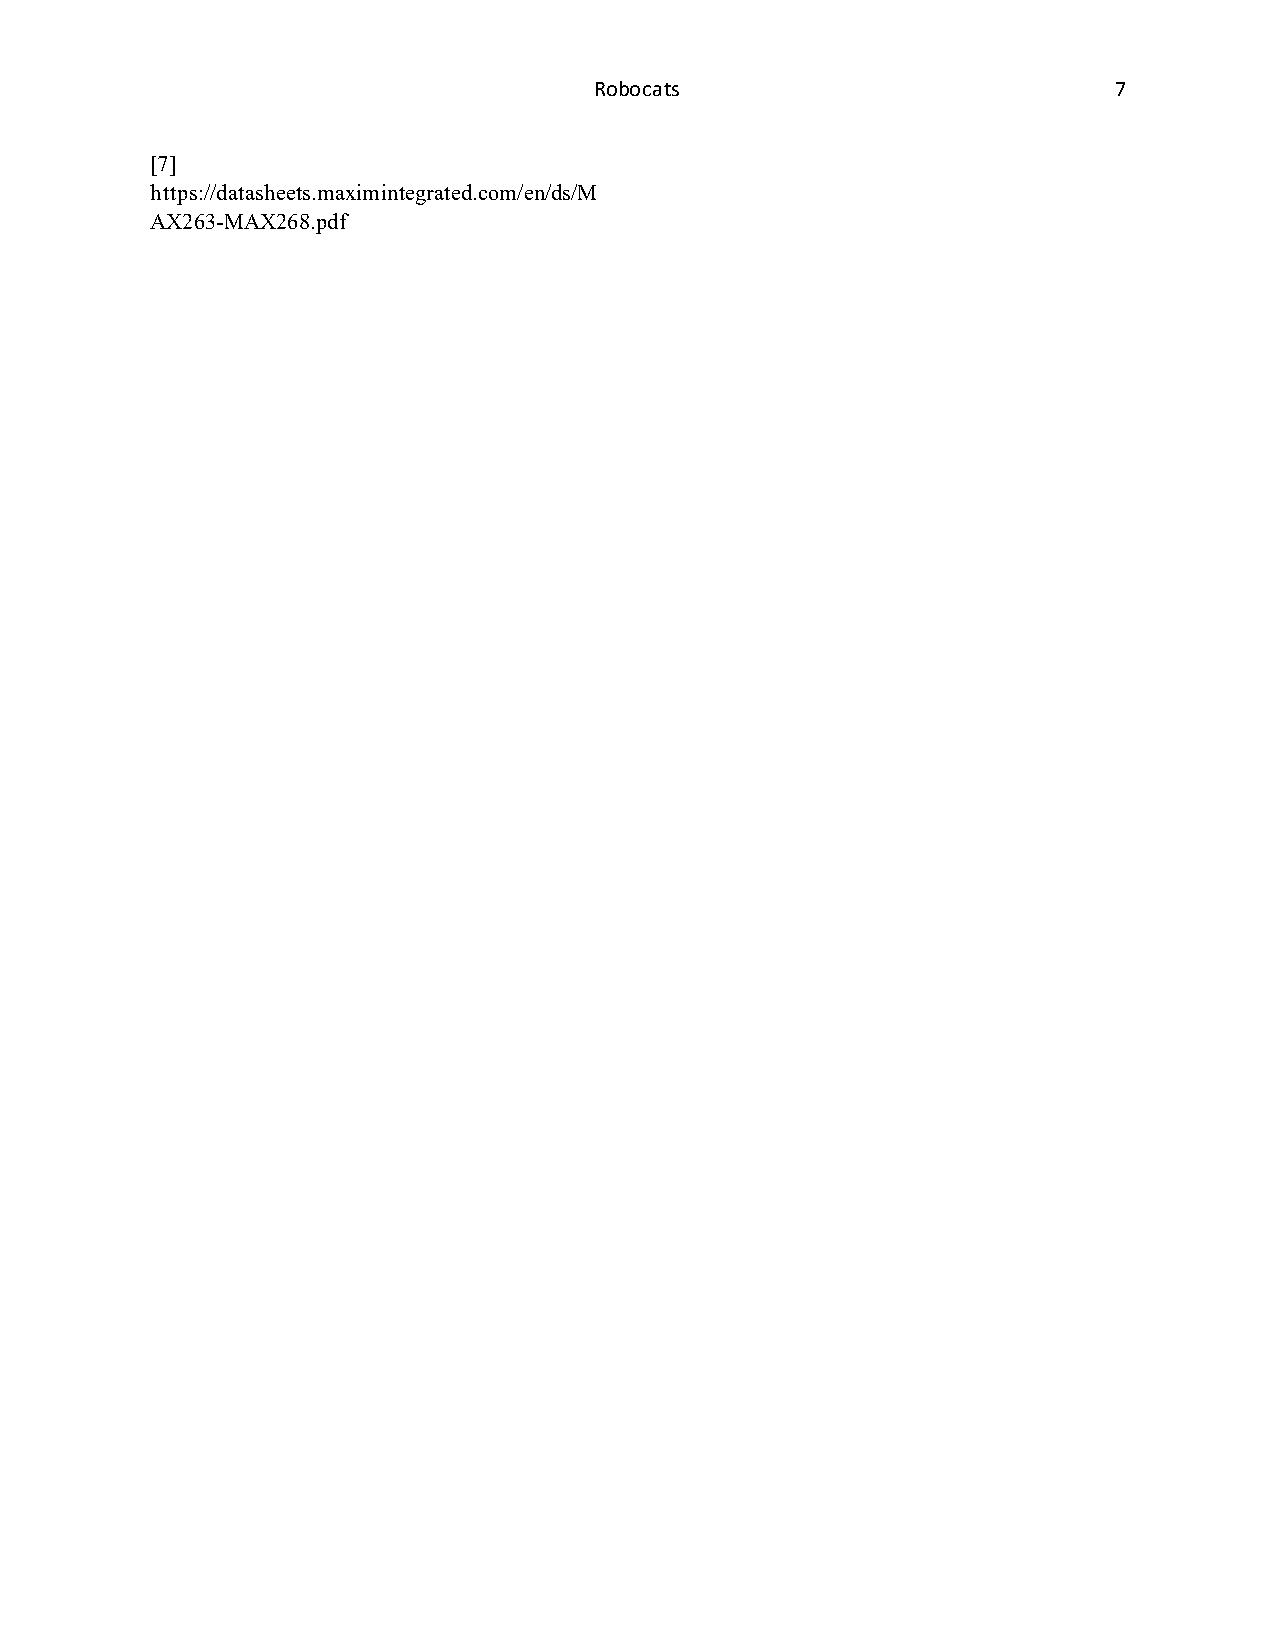
Robocats                           7
 [7]
 https://datasheets.maximintegrated.com/en/ds/M
 AX263-MAX268.pdf